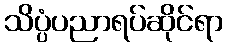
သိပ္ပံပညာရပ်ဆိုင်ရာ